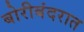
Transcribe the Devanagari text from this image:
बोरीबंदरात